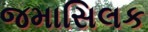
જમાસિલક